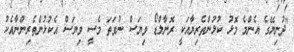
"ދުނިޔޭގެ އެންމެ މޮޅު ކުޅުންތެރިޔާއަކީ ރޮނާލްޑޯ ވިޔަސް ނުވަތަ މެސީ ވިޔަސް އެކުޅުންތެރިންނާއެކު